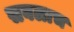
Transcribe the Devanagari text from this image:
सबलाच